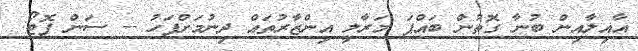
އާއިލާއިން ބުނާ ގޮތުން ބައްޕަ މަރާލީ އިންޒާރުތައް ދިނުމަށްފަހު -- ސަން ފޮޓޯ: